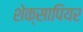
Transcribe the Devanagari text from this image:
शेक्सापियर